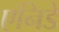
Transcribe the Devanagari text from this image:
एनिडे